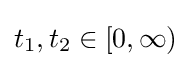
t_{1},t_{2}\in [0,\infty )